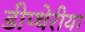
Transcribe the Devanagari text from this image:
डीप्थेरीया